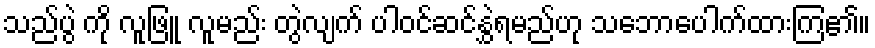
သည်ပွဲ ကို လူဖြူ လူမည်း တွဲလျက် ပါဝင်ဆင်နွှဲရမည်ဟု သဘောပေါက်ထားကြ၏။